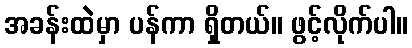
အခန်းထဲမှာ ပန်ကာ ရှိတယ်။ ဖွင့်လိုက်ပါ။